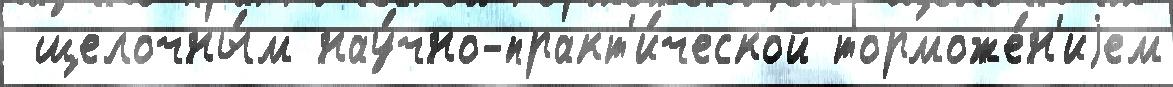
 щелочны́м нау́чно-практ'и́ческой торможе́н'иjем